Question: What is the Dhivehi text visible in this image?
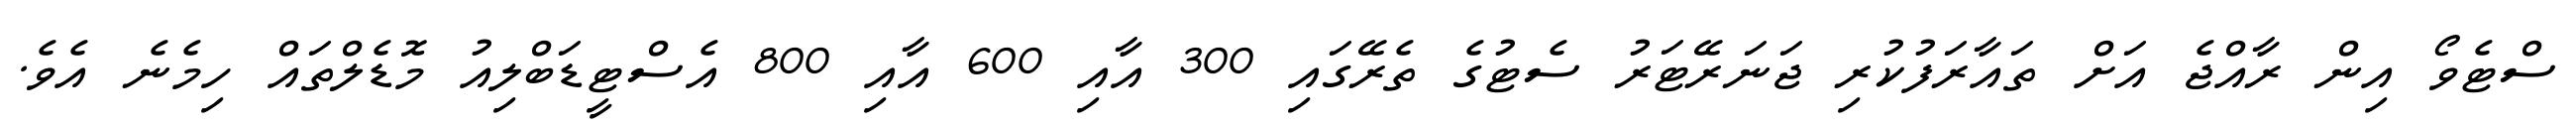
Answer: ސްޓެވޯ އިން ރާއްޖެ އަށް ތައާރަފުކުރި ޖަނަރޭޓަރު ސެޓުގެ ތެރޭގައި 300 އާއި 600 އާއި 800 އެސްޓީޑަބްލިއު މޮޑެލްތައް ހިމެނެ އެވެ.